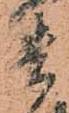
貴